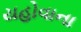
યહોવાના